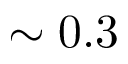
\sim 0 . 3